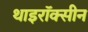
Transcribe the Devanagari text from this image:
थाइरॉक्सीन